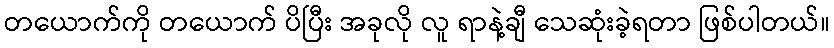
တယောက်ကို တယောက် ပိပြီး အခုလို လူ ရာနဲ့ချီ သေဆုံးခဲ့ရတာ ဖြစ်ပါတယ်။